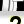
Digit: 2